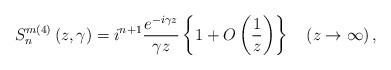
LaTeX: \begin{align*}S_{n}^{m\left( 4\right) }\left( {z,\gamma}\right) =i^{n+1}\frac{e^{-i\gamma z}}{\gamma z}\left\{ {1+{O}\left( {\frac{1}{z}}\right)}\right\} \quad\left( {z\rightarrow\infty}\right) , \end{align*}